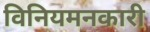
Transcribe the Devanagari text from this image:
विनियमनकारी